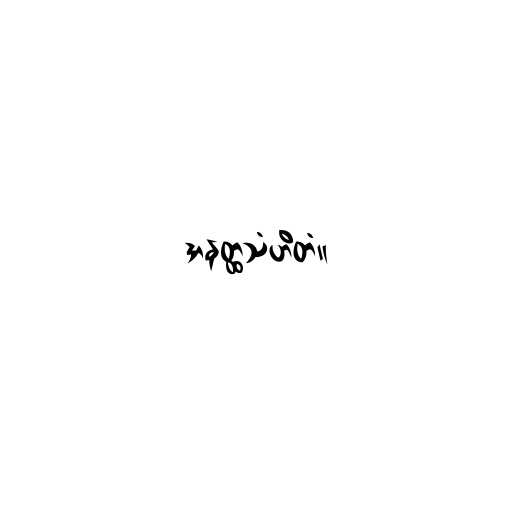
အနတ္ထသံဟိတံ။